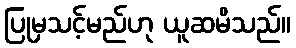
ပြုမှသင့်မည်ဟု ယူဆမိသည်။